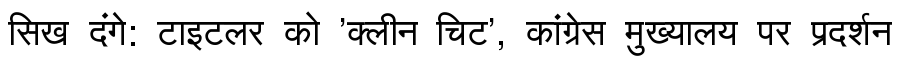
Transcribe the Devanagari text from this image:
सिख दंगे: टाइटलर को 'क्लीन चिट', कांग्रेस मुख्यालय पर प्रदर्शन